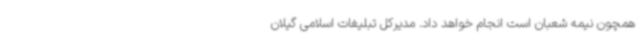
همچون نیمه شعبان است انجام خواهد داد. مدیرکل تبلیغات اسلامی گیلان